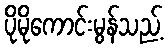
ပိုမိုကောင်းမွန်သည့်